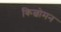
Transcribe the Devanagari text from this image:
किल्चोमन